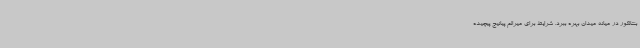
بنتانکور در میانه میدان بهره ببرد. شرایط برای میرالم پیانیچ پیچیده